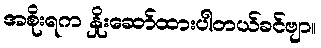
အစိုးရက နှိုးဆော်ထားပါတယ်ခင်ဗျာ။